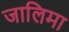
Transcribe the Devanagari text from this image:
जालिमा